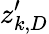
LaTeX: z_{k,D}^{\prime}